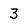
Character: 3